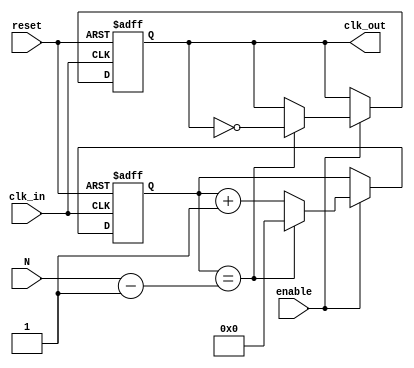
module clock_divider (
    input wire clk_in,      // Input clock signal
    input wire reset,       // Asynchronous reset signal
    input wire enable,      // Enable signal
    input wire [31:0] N,    // Division factor (N)
    output reg clk_out      // Output clock signal
);

// Internal counter
reg [31:0] counter;        // Counter for input clock cycles

// Clock division logic
always @(posedge clk_in or posedge reset) begin
    if (reset) begin
        counter <= 32'd0;   // Reset the counter
        clk_out <= 1'b0;    // Set output clock low on reset
    end else if (enable) begin
        if (counter == N - 1) begin
            counter <= 32'd0; // Reset the counter
            clk_out <= ~clk_out; // Toggle the output clock
        end else begin
            counter <= counter + 1; // Increment the counter
        end
    end
end

endmodule